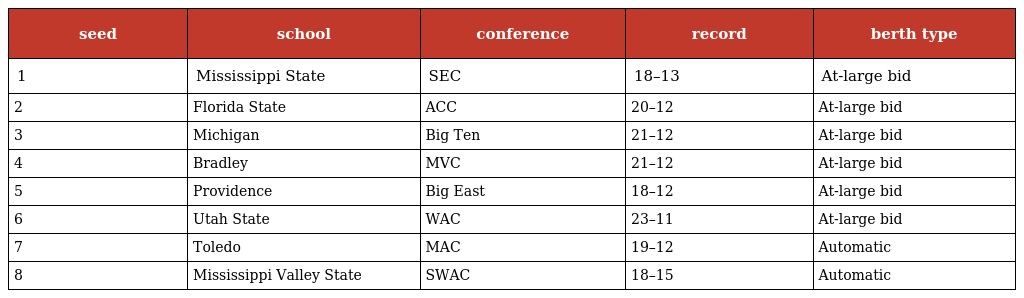
| seed | school | conference | record | berth type |
 | --- | --- | --- | --- | --- |
 | 1 | Mississippi State | SEC | 18–13 | At-large bid |
 | 2 | Florida State | ACC | 20–12 | At-large bid |
 | 3 | Michigan | Big Ten | 21–12 | At-large bid |
 | 4 | Bradley | MVC | 21–12 | At-large bid |
 | 5 | Providence | Big East | 18–12 | At-large bid |
 | 6 | Utah State | WAC | 23–11 | At-large bid |
 | 7 | Toledo | MAC | 19–12 | Automatic |
 | 8 | Mississippi Valley State | SWAC | 18–15 | Automatic |